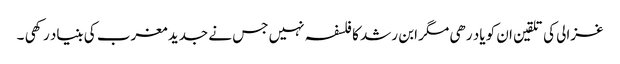
غزالی کی تلقین ان کو یاد رھی مگر ابن رشد کا فلسفہ نہیں جس نے جدید مغرب کی بنیاد رکھی ۔